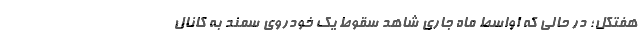
هفتکل؛ در حالی که اواسط ماه جاری شاهد سقوط یک خودروی سمند به کانال